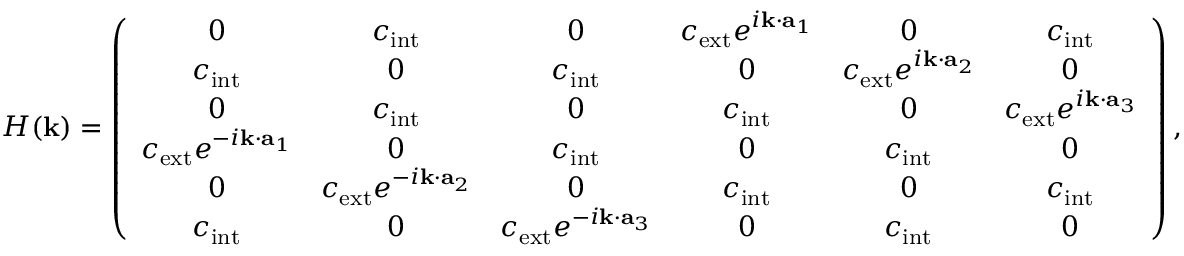
H ( \mathbf { k } ) = \left( \begin{array} { c c c c c c } { 0 } & { c _ { \mathrm { i n t } } } & { 0 } & { c _ { \mathrm { e x t } } e ^ { i \mathbf { k } \cdot \mathbf { a } _ { 1 } } } & { 0 } & { c _ { \mathrm { i n t } } } \\ { c _ { \mathrm { i n t } } } & { 0 } & { c _ { \mathrm { i n t } } } & { 0 } & { c _ { \mathrm { e x t } } e ^ { i \mathbf { k } \cdot \mathbf { a } _ { 2 } } } & { 0 } \\ { 0 } & { c _ { \mathrm { i n t } } } & { 0 } & { c _ { \mathrm { i n t } } } & { 0 } & { c _ { \mathrm { e x t } } e ^ { i \mathbf { k } \cdot \mathbf { a } _ { 3 } } } \\ { c _ { \mathrm { e x t } } e ^ { - i \mathbf { k } \cdot \mathbf { a } _ { 1 } } } & { 0 } & { c _ { \mathrm { i n t } } } & { 0 } & { c _ { \mathrm { i n t } } } & { 0 } \\ { 0 } & { c _ { \mathrm { e x t } } e ^ { - i \mathbf { k } \cdot \mathbf { a } _ { 2 } } } & { 0 } & { c _ { \mathrm { i n t } } } & { 0 } & { c _ { \mathrm { i n t } } } \\ { c _ { \mathrm { i n t } } } & { 0 } & { c _ { \mathrm { e x t } } e ^ { - i \mathbf { k } \cdot \mathbf { a } _ { 3 } } } & { 0 } & { c _ { \mathrm { i n t } } } & { 0 } \end{array} \right) ,